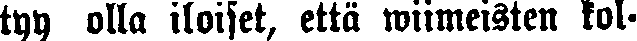
tyy olla iloiset, että wiimeisten kol-